Annual report of the Punjab Veterinary College and of the Civil Veterinary Department, Punjab - 1909-1919
Year: 1909
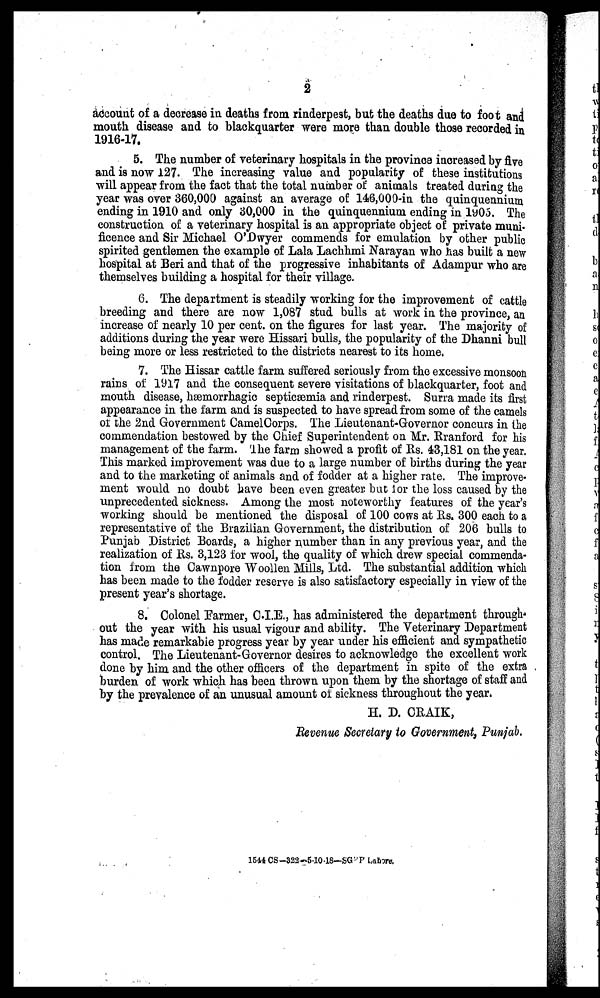
2
account of a decrease in deaths from rinderpest, but the deaths due to foot and
mouth disease and to blackquarter were more than double those recorded in
1916-17.
5. The number of veterinary hospitals in the province increased by five
and is now 127. The increasing value and popularity of these institutions
will appear from the fact that the total number of animals treated during the
year was over 360,000 against an average of 146,000 in the quinquennium
ending in 1910 and only 30,000 in the quinquennium ending in 1905. The
construction of a veterinary hospital is an appropriate object of private muni-
ficence and Sir Michael O'Dwyer commends for emulation by other public
spirited gentlemen the example of Lala Lachhmi Narayan who has built a new
hospital at Beri and that of the progressive inhabitants of Adampur who are
themselves building a hospital for their village.
6. The department is steadily working for the improvement of cattle
breeding and there are now 1,087 stud bulls at work in the province, an
increase of nearly 10 per cent. on the figures for last year. The majority of
additions during the year were Hissari bulls, the popularity of the Dhanni bull
being more or less restricted to the districts nearest to its home.
7. The Hissar cattle farm suffered seriously from the excessive monsoon
rains of 1917 and the consequent severe visitations of blackquarter, foot and
mouth disease, hæmorrhagic septicæmia and rinderpest. Surra made its first
appearance in the farm and is suspected to have spread from some of the camels
of the 2nd Government CamelCorps. The Lieutenant-Governor concurs in the
commendation bestowed by the Chief Superintendent on Mr. Rranford for his
management of the farm. The farm showed a profit of Rs. 43,181 on the year.
This marked improvement was due to a large number of births during the year
and to the marketing of animals and of fodder at a higher rate. The improve-
ment would no doubt have been even greater but for the loss caused by the
unprecedented sickness. Among the most noteworthy features of the year's
working should be mentioned the disposal of 100 cows at Rs. 300 each to a
representative of the Brazilian Government, the distribution of 206 bulls to
Punjab District Boards, a higher number than in any previous year, and the
realization of Rs. 3,123 for wool, the quality of which drew special commenda-
tion from the Cawnpore Woollen Mills, Ltd. The substantial addition which
has been made to the fodder reserve is also satisfactory especially in view of the
present year's shortage.
8. Colonel Farmer, C.I.E., has administered the department through¬
out the year with his usual vigour and ability. The Veterinary Department
has made remarkable progress year by year under his efficient and sympathetic
control. The Lieutenant-Governor desires to acknowledge the excellent work
done by him and the other officers of the department in spite of the extra
burden of work which has been thrown upon them by the shortage of staff and
by the prevalence of an unusual amount of sickness throughout the year.
H. D. CRAIK,
Revenue Secretary to Government, Punjab.
1544 CS-322-5-10-18—SG P Lahore.